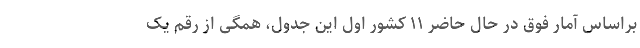
براساس آمار فوق در حال حاضر ۱۱ کشور اول این جدول، همگی از رقم یک